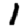
Digit: 1